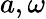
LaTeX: a,\omega